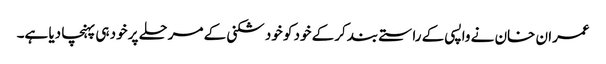
عمران خان نے واپسی کے راستے بند کرکے خود کو خود شکنی کے مرحلے پر خود ہی پہنچا دیا ہے۔